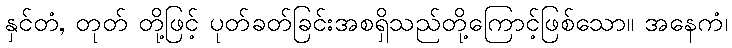
နှင်တံ, တုတ် တို့ဖြင့် ပုတ်ခတ်ခြင်းအစရှိသည်တို့ကြောင့်ဖြစ်သော။ အနေကံ၊